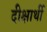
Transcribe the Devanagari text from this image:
दीक्षार्थी